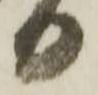
日